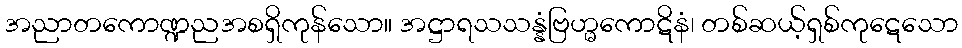
အညာတကောဏ္ဍညအစရှိကုန်သော။ အဋ္ဌာရသသန္နံဗြဟ္မကောဋိနံ၊ တစ်ဆယ့်ရှစ်ကုဋေသော